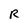
Character: R